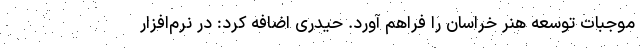
موجبات توسعه هنر خراسان را فراهم آورد. حیدری اضافه کرد: در نرم‌افزار